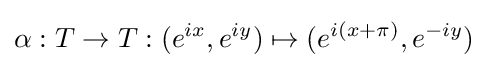
\alpha :T\rightarrow T:(e^{ix},e^{iy})\mapsto (e^{i(x+\pi )},e^{-iy})